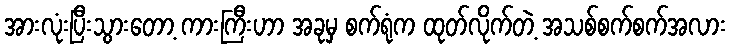
အားလုံးပြီးသွားတော့ ကားကြီးဟာ အခုမှ စက်ရုံက ထုတ်လိုက်တဲ့ အသစ်စက်စက်အလား